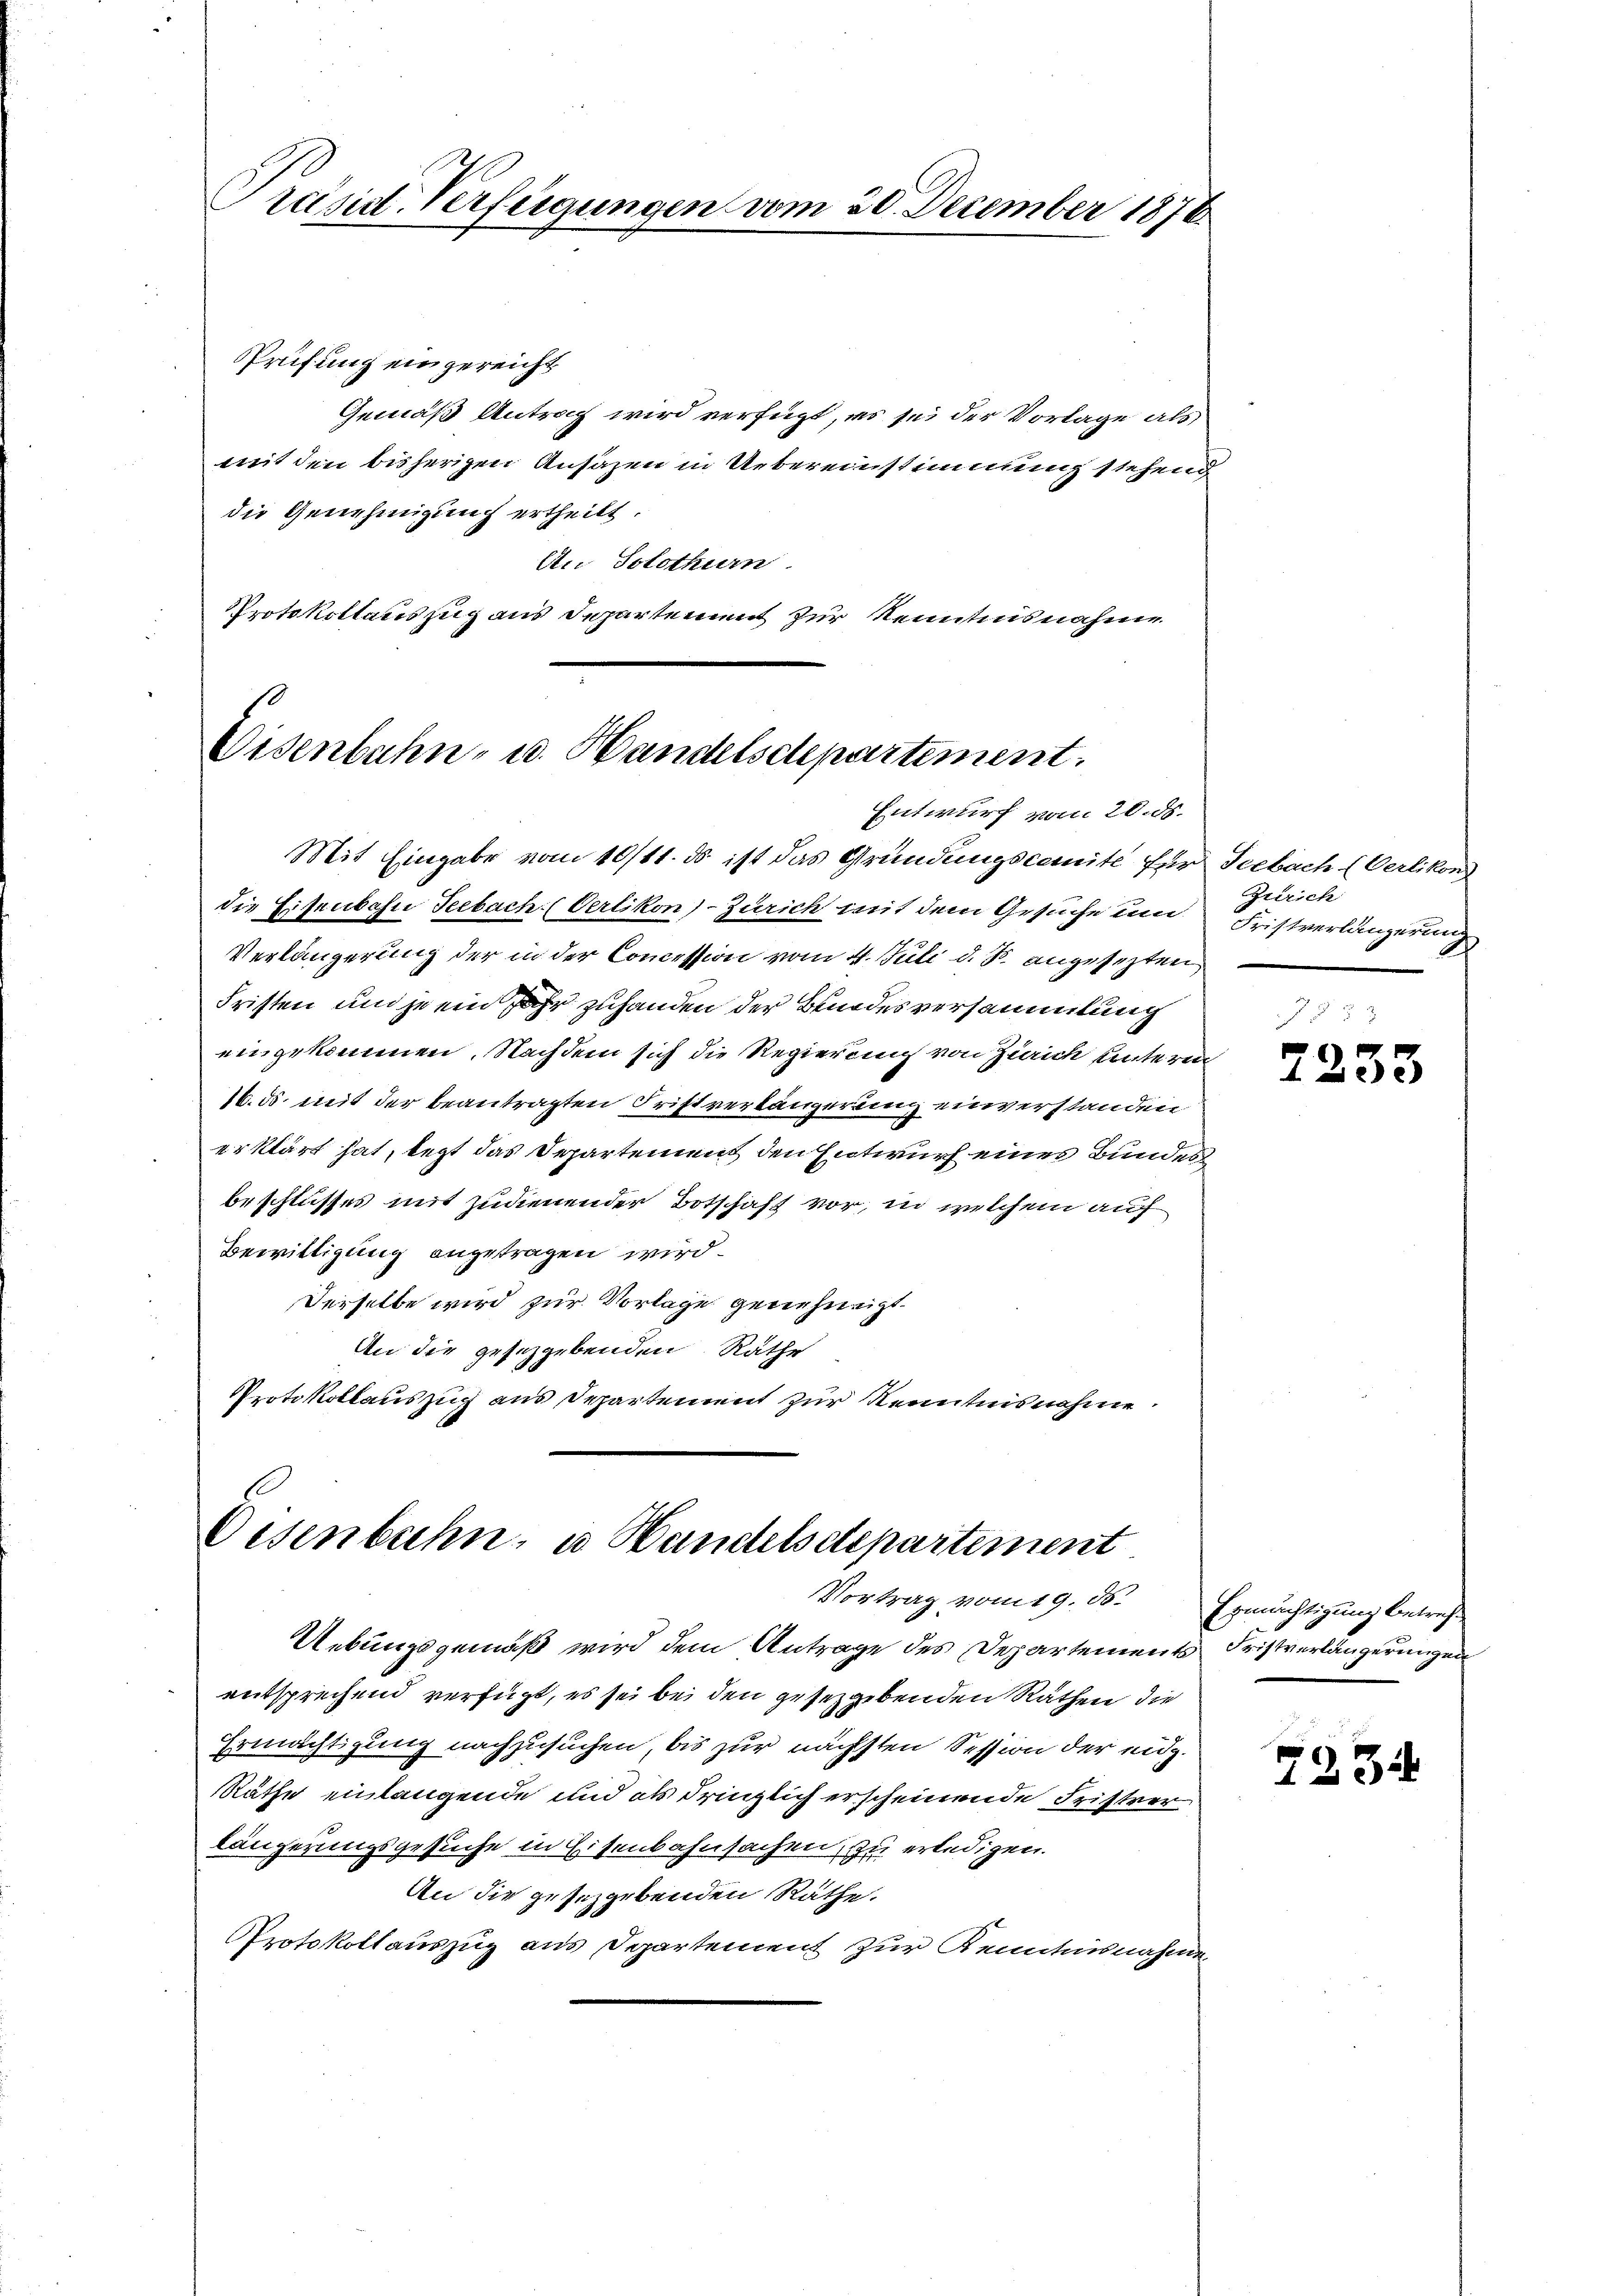
Präsid-Verfügungen vom 20. December 1876

Prüfung eingereicht
Gemäß Antrag wird verfügt, es sei der Vorlage als
mit den bisherigen Ansäzen in Uebereinstimmung stehend
die Genehmigung ertheilt.
An Solothurn
Protokollauszug aus Departement zur Kenntnisnahme

Eisenbahn- u. Handelschpartement.
Entwurf vom 20. ds.

Mit Eingabe vom 10/11. ds ist das Gründungscomité für Seebach (Oerlikon
die Eisenbahn Seebach (Oerlikon)-Zürich mit dem Gesuche um Fristverlängerung
Verlängerung der in der Concession vom 4. Juli d. J. angesezten
Fristen und je ein Jahr zuhanden der Benodesversammlung
eingekommen. Nachdem sich die Regierung von Zürich unterm
16. ds. mit der beantragten Fristverlängerung einverstanden
erklärt hat, legt das Departement den Entwurf eines Bundes
beschlusses mit zudienender Botschaft vor, in welchem auf
Bewilligung angetragen wird.
Derselbe wird zur Vorlage genehmigt.
An die gesetzgebenden Räthe
Protokollauszug aus Departement zur Kenntnisnahme

Eisenbahn, u. Handelsdepartement
Vortrag vom 19. ds. Ermächtigung betreff

Uebungsgemäß wird dem Antrage des Departements Fristverlängerungen
entsprechend verfügt, es sei bei den gesetzgebenden Räthen die
Ermächtigung nachzusuchen, bis zur nächsten Session der eidg.
Räthe einlangende und als dringlich erscheinende Fristrer
längerungsgesuche in Eisenbahnsachen, zu erledigen.
An die gesezgebenden Räthe.
Protokollauszug aus Departement zur Kenntnisnahme,

Zürich

7233

7234